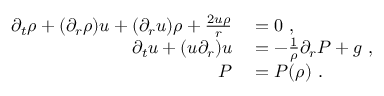
\begin{array} { r l } { \partial _ { t } \rho + ( \partial _ { r } \rho ) u + ( \partial _ { r } u ) \rho + \frac { 2 u \rho } { r } } & { { } = 0 \ , } \\ { \partial _ { t } u + ( u \partial _ { r } ) u } & { { } = - \frac { 1 } { \rho } \partial _ { r } P + g \ , } \\ { P } & { { } = P ( \rho ) \ . } \end{array}